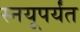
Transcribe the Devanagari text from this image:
स्नयूपर्यंत